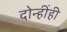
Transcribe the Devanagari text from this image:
दोन्हींही